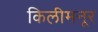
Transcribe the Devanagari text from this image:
किलीमनूर